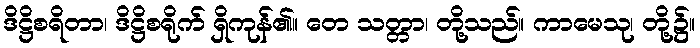
ဒိဋ္ဌိစရိတာ၊ ဒိဋ္ဌိစရိုက် ရှိကုန်၏။ တေ သတ္တာ၊ တို့သည်။ ကာမေသု၊ တို့၌။